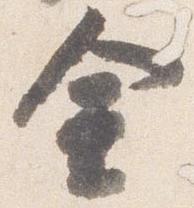
金